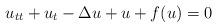
LaTeX: \begin{align*}u_{tt}+u_t-\Delta u + u + f(u)=0\end{align*}